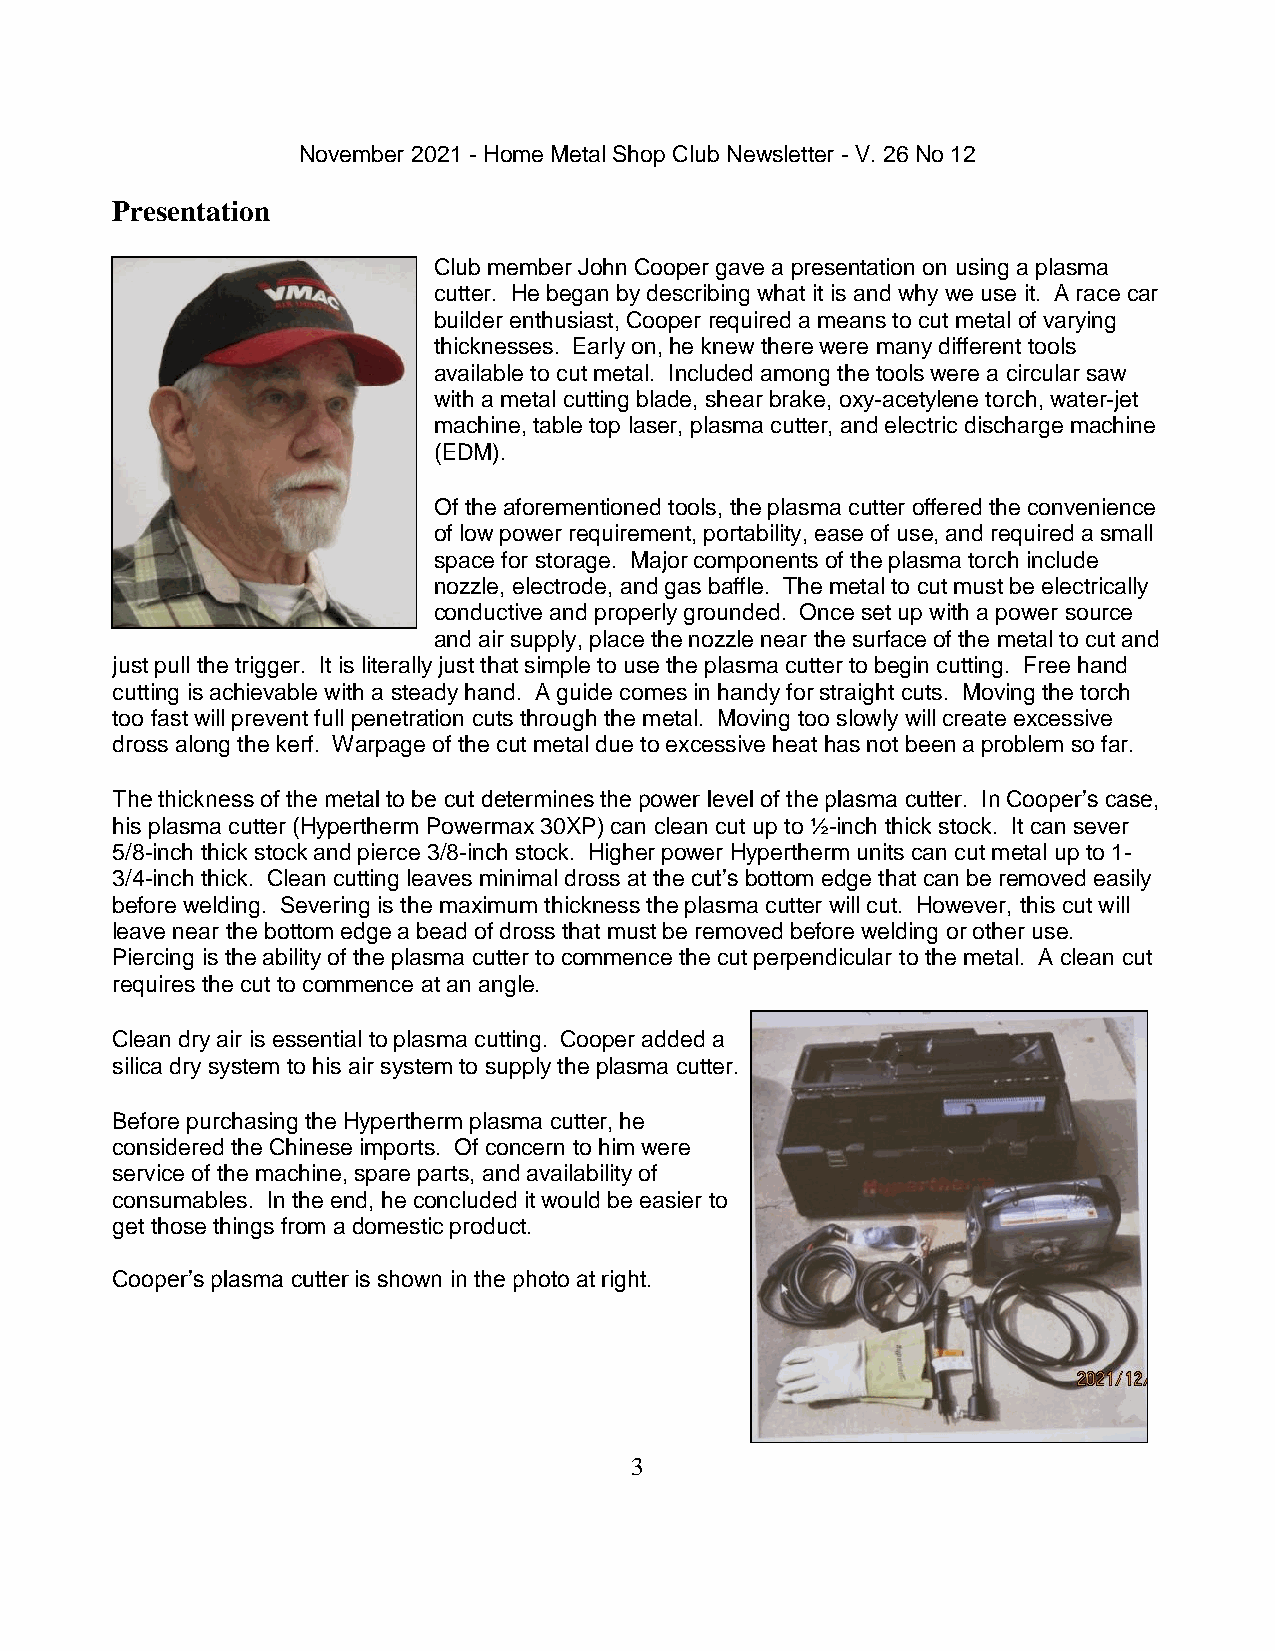
November 2021 - Home Metal Shop Club Newsletter - V. 26 No 12
 Presentation
 Club member John Cooper gave a presentation on using a plasma
 cutter. He began by describing what it is and why we use it. A race car
 builder enthusiast, Cooper required a means to cut metal of varying
 thicknesses. Early on, he knew there were many different tools
 available to cut metal. Included among the tools were a circular saw
 with a metal cutting blade, shear brake, oxy-acetylene torch, water-jet
 machine, table top laser, plasma cutter, and electric discharge machine
 (EDM).
 Of the aforementioned tools, the plasma cutter offered the convenience
 of low power requirement, portability, ease of use, and required a small
 space for storage. Major components of the plasma torch include
 nozzle, electrode, and gas baffle. The metal to cut must be electrically
 conductive and properly grounded. Once set up with a power source
 and air supply, place the nozzle near the surface of the metal to cut and
 just pull the trigger. It is literally just that simple to use the plasma cutter to begin cutting. Free hand
 cutting is achievable with a steady hand. A guide comes in handy for straight cuts. Moving the torch
 too fast will prevent full penetration cuts through the metal. Moving too slowly will create excessive
 dross along the kerf. Warpage of the cut metal due to excessive heat has not been a problem so far.
 The thickness of the metal to be cut determines the power level of the plasma cutter. In Cooper’s case,
 his plasma cutter (Hypertherm Powermax 30XP) can clean cut up to ½-inch thick stock. It can sever
 5/8-inch thick stock and pierce 3/8-inch stock. Higher power Hypertherm units can cut metal up to 1-
 3/4-inch thick. Clean cutting leaves minimal dross at the cut’s bottom edge that can be removed easily
 before welding. Severing is the maximum thickness the plasma cutter will cut. However, this cut will
 leave near the bottom edge a bead of dross that must be removed before welding or other use.
 Piercing is the ability of the plasma cutter to commence the cut perpendicular to the metal. A clean cut
 requires the cut to commence at an angle.
 Clean dry air is essential to plasma cutting. Cooper added a
 silica dry system to his air system to supply the plasma cutter.
 Before purchasing the Hypertherm plasma cutter, he
 considered the Chinese imports. Of concern to him were
 service of the machine, spare parts, and availability of
 consumables. In the end, he concluded it would be easier to
 get those things from a domestic product.
 Cooper’s plasma cutter is shown in the photo at right.
 3